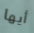
أيها